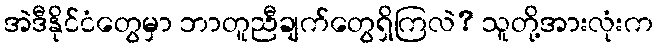
အဲဒီနိုင်ငံတွေမှာ ဘာတူညီချက်တွေရှိကြလဲ? သူတို့အားလုံးက